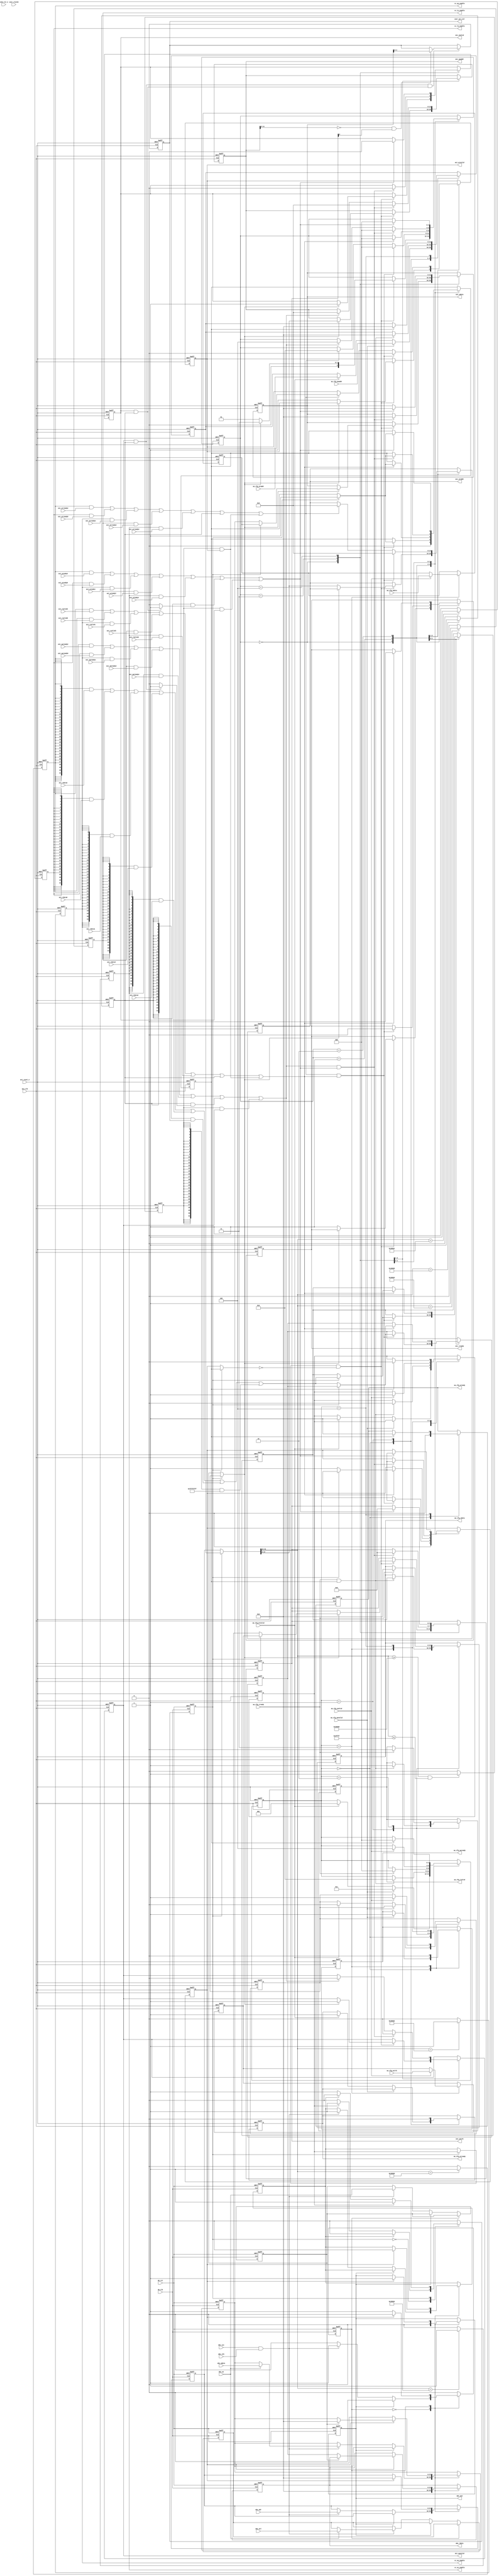
`timescale 1 ns / 1 ps

module CFG_CTRL #( parameter pADDR_WIDTH   = 12,
                   parameter pDATA_WIDTH   = 32
                 )
(
  //////////////////////////////////////
  // FPGA AXI-Lite, from Axis-Axilite //
  //////////////////////////////////////
  input  wire          aa_cfg_awvalid,
  input  wire  [31: 0] aa_cfg_awaddr,
  input  wire          aa_cfg_wvalid,
  input  wire  [31: 0] aa_cfg_wdata,
  input  wire   [3: 0] aa_cfg_wstrb,
  input  wire          aa_cfg_arvalid,
  input  wire  [31: 0] aa_cfg_araddr,
  input  wire          aa_cfg_rready,
  output wire  [31: 0] aa_cfg_rdata,
  output wire          aa_cfg_rvalid,
  output wire          aa_cfg_awready,
  output wire          aa_cfg_wready,
  output wire          aa_cfg_arready,
  
  /////////////////////
  // AXI-Lite Master //
  /////////////////////
  input  wire          axi_wready1,    //for AXIL_AXIS
  input  wire          axi_awready1,
  input  wire          axi_arready1,
  input  wire  [31: 0] axi_rdata1,
  input  wire          axi_rvalid1,
  input  wire          axi_awready4,    //for AXIL_SWITCH
  input  wire          axi_wready4,
  input  wire          axi_arready4,
  input  wire  [31: 0] axi_rdata4,
  input  wire          axi_rvalid4,
  input  wire          axi_awready3,    //for IO_SERDES
  input  wire          axi_wready3,
  input  wire          axi_arready3,
  input  wire  [31: 0] axi_rdata3,
  input  wire          axi_rvalid3,
  input  wire          axi_awready0,    //for LOGIC_ANLZ
  input  wire          axi_wready0,
  input  wire          axi_arready0,
  input  wire  [31: 0] axi_rdata0,
  input  wire          axi_rvalid0,
  input  wire          axi_awready2,    //for USERSUBSYS
  input  wire          axi_wready2,
  input  wire          axi_arready2,
  input  wire  [31: 0] axi_rdata2,
  input  wire          axi_rvalid2,
  output wire          axi_awvalid,
  output wire  [14: 0] axi_awaddr,
  output wire          axi_wvalid,
  output wire  [31: 0] axi_wdata,
  output wire   [3: 0] axi_wstrb,
  output wire          axi_arvalid,
  output wire  [14: 0] axi_araddr,
  output wire          axi_rready,  
  
  //////////////////////
  // Target Selection //
  //////////////////////
  output wire          cc_aa_enable,
  output wire          cc_as_enable,
  output wire          cc_is_enable,
  output wire          cc_la_enable,
  output wire          cc_up_enable,
  output wire   [4: 0] user_prj_sel,
  
  ////////////////////////
  // Wishbone interface //
  ////////////////////////  
  input  wire          wb_rst,
  input  wire          wb_clk,
  input  wire  [31: 0] wbs_adr,
  input  wire  [31: 0] wbs_wdata,
  input  wire   [3: 0] wbs_sel,
  input  wire          wbs_cyc,
  input  wire          wbs_stb,
  input  wire          wbs_we,
  output wire          wbs_ack,
  output wire  [31: 0] wbs_rdata,
  
  //////////////////////////
  // Top AXI-Lite Signals //
  //////////////////////////
  input  wire          user_clock2,
  input  wire          axi_clk,
  input  wire          axi_reset_n,
  input  wire          uck2_rst_n
);

  ////////////////////////////
  // Internal Signals begin //
  ////////////////////////////  
  reg wb_fsm_reg;
  reg wb_axi_request;
  reg wb_axi_request_rw;
  reg [3:0] wb_axi_wstrb;
  reg wb_axi_request_done;
  reg [31:0] wb_axi_request_add;
  reg [31:0] wb_axi_wdata;
  reg [31:0] wb_axi_rdata;
  
  reg [2:0] f_axi_fsm_reg;
  reg f_axi_request;
  reg f_axi_request_rw;
  reg [3:0] f_axi_wstrb;
  reg f_axi_request_done;
  reg [31:0] f_axi_request_add;
  reg [31:0] f_axi_wdata;
  reg [31:0] f_axi_rdata;
  
  reg [2:0] m_axi_fsm_reg;
  
  reg axi_grant_o_reg = 1'b0;
  wire m_axi_request;
  wire m_axi_request_rw;
  wire [3:0] m_axi_wstrb;
  wire m_axi_request_done;
  wire [31:0] m_axi_request_add;
  wire [31:0] m_axi_wdata;
  
  wire m_axi_awready;
  wire m_axi_wready;
  wire m_axi_arready;
  wire [31:0] m_axi_rdata;
  wire m_axi_rvalid;
  
  reg cc_enable;
  reg cc_sub_enable;

  wire cc_axi_awvalid;
  wire cc_axi_wvalid;

  reg [2:0] cc_s_fsm_reg;  
  reg [11:0] cc_s_addr;
  reg [31:0] cc_s_wdata;
  reg [31:0] cc_s_rdata;
  
  wire axi_awready5;
  wire axi_wready5;
  wire axi_arready5;
  wire [31: 0] axi_rdata5;
  wire axi_rvalid5;
  
  //////////////////////////////////////
  // Internal signals for Ports begin //
  //////////////////////////////////////
  reg [31: 0] aa_cfg_rdata_o = 32'b0;
  reg aa_cfg_rvalid_o = 1'b0;
  reg aa_cfg_awready_o = 1'b0;
  reg aa_cfg_wready_o = 1'b0;
  reg aa_cfg_arready_o = 1'b0;
  
  reg axi_awvalid_o = 1'b0;
  reg [14: 0] axi_awaddr_o = 15'b0;
  reg axi_wvalid_o = 1'b0;
  reg [31: 0] axi_wdata_o = 32'b0;
  reg [3: 0] axi_wstrb_o = 4'b0;
  reg axi_arvalid_o = 1'b0;
  reg [14: 0] axi_araddr_o = 15'b0;
  reg axi_rready_o = 1'b0;

  reg cc_aa_enable_o;
  reg cc_as_enable_o;
  reg cc_is_enable_o;
  reg cc_la_enable_o;
  reg cc_up_enable_o;

  reg [4: 0] user_prj_sel_o;
  
  reg wbs_ack_o;
  reg [31: 0] wbs_rdata_o;
  
  ///////////////////////////////////
  // Assignment for Internal begin //
  ///////////////////////////////////
  assign m_axi_request = axi_grant_o_reg ? f_axi_request : wb_axi_request;
  assign m_axi_request_rw = axi_grant_o_reg ? f_axi_request_rw : wb_axi_request_rw;
  assign m_axi_wstrb = axi_grant_o_reg ? f_axi_wstrb : wb_axi_wstrb;
  assign m_axi_request_done = axi_grant_o_reg ? f_axi_request_done : wb_axi_request_done;
  assign m_axi_request_add = axi_grant_o_reg ? f_axi_request_add : wb_axi_request_add;
  assign m_axi_wdata = axi_grant_o_reg ? f_axi_wdata : wb_axi_wdata;

  /*
  In case of cc_sub_enable, read always return 0xFFFFFFFF, write always complete.
  ({1{cc_sub_enable}} & axi_awvalid))
  ({1{cc_sub_enable}} & axi_wvalid))
  ({1{cc_sub_enable}} & axi_arvalid))
  ({32{cc_sub_enable}} & 32'hFFFFFFFF))
  ({1{cc_sub_enable}} & axi_arvalid))
  */
  assign m_axi_awready = ((((((({1{cc_up_enable}} & axi_awready2) | ({1{cc_la_enable}} & axi_awready0)) | ({1{cc_aa_enable}} & axi_awready1)) | ({1{cc_is_enable}} & axi_awready3)) | ({1{cc_as_enable}} & axi_awready4)) | ({1{cc_enable}} & axi_awready5)) | ({1{cc_sub_enable}} & axi_awvalid));
  assign m_axi_wready = ((((((({1{cc_up_enable}} & axi_wready2) | ({1{cc_la_enable}} & axi_wready0)) | ({1{cc_aa_enable}} & axi_wready1)) | ({1{cc_is_enable}} & axi_wready3)) | ({1{cc_as_enable}} & axi_wready4)) | ({1{cc_enable}} & axi_wready5)) | ({1{cc_sub_enable}} & axi_wvalid));
  assign m_axi_arready = ((((((({1{cc_up_enable}} & axi_arready2) | ({1{cc_la_enable}} & axi_arready0)) | ({1{cc_aa_enable}} & axi_arready1)) | ({1{cc_is_enable}} & axi_arready3)) | ({1{cc_as_enable}} & axi_arready4)) | ({1{cc_enable}} & axi_arready5)) | ({1{cc_sub_enable}} & axi_arvalid));
  assign m_axi_rdata = ((((((({32{cc_up_enable}} & axi_rdata2) | ({32{cc_la_enable}} & axi_rdata0)) | ({32{cc_aa_enable}} & axi_rdata1)) | ({32{cc_is_enable}} & axi_rdata3)) | ({32{cc_as_enable}} & axi_rdata4)) | ({32{cc_enable}} & axi_rdata5)) | ({32{cc_sub_enable}} & 32'hFFFFFFFF));
  assign m_axi_rvalid = ((((((({1{cc_up_enable}} & axi_rvalid2) | ({1{cc_la_enable}} & axi_rvalid0)) | ({1{cc_aa_enable}} & axi_rvalid1)) | ({1{cc_is_enable}} & axi_rvalid3)) | ({1{cc_as_enable}} & axi_rvalid4)) | ({1{cc_enable}} & axi_rvalid5)) | ({1{cc_sub_enable}} & axi_arvalid));
  
  
  assign cc_axi_awvalid = axi_awvalid && cc_enable;
  assign cc_axi_wvalid = axi_wvalid && cc_enable;

  ////////////////////////////////
  // Assignment for Ports begin //
  ////////////////////////////////
  assign aa_cfg_rdata = aa_cfg_rdata_o;
  assign aa_cfg_rvalid = aa_cfg_rvalid_o;
  assign aa_cfg_awready = aa_cfg_awready_o;
  assign aa_cfg_wready = aa_cfg_wready_o;
  assign aa_cfg_arready = aa_cfg_arready_o;

  assign axi_awvalid = axi_awvalid_o;
  assign axi_awaddr = axi_awaddr_o;
  assign axi_wvalid = axi_wvalid_o;
  assign axi_wdata = axi_wdata_o;
  assign axi_wstrb = axi_wstrb_o;
  assign axi_arvalid = axi_arvalid_o;
  assign axi_araddr = axi_araddr_o;
  assign axi_rready = axi_rready_o;

  assign cc_aa_enable = cc_aa_enable_o;
  assign cc_as_enable = cc_as_enable_o;
  assign cc_is_enable = cc_is_enable_o;
  assign cc_la_enable = cc_la_enable_o;
  assign cc_up_enable = cc_up_enable_o;

  assign user_prj_sel = user_prj_sel_o;

  assign wbs_ack = wbs_ack_o;
  assign wbs_rdata = wbs_rdata_o;

  assign axi_awready5 = cc_axi_awvalid ? 1 : 0;
  assign axi_wready5 = cc_axi_wvalid ? 1 : 0;
  assign axi_arready5 = 1'b1;
  assign axi_rdata5 = { 27'b0, user_prj_sel_o };
  assign axi_rvalid5 = 1'b1;

  //////////////////////////// 
  // Local paramaters begin //
  ////////////////////////////
  localparam wb_fsm_idle = 1'b0;
  localparam wb_fsm_inprogress = 1'b1;

  localparam axi_fsm_idle = 3'b000;
  localparam axi_fsm_read_data = 3'b001;
  localparam axi_fsm_read_complete = 3'b010;
  localparam axi_fsm_write_data = 3'b011;
  localparam axi_fsm_write_complete = 3'b100;
  
  /////////////////////////////////
  // Always for Target Selection //
  /////////////////////////////////
  always @ ( posedge axi_clk or negedge axi_reset_n)
  begin
    if ( !axi_reset_n )
    begin
      cc_aa_enable_o <= 1'b0;
      cc_as_enable_o <= 1'b0;
      cc_is_enable_o <= 1'b0;
      cc_la_enable_o <= 1'b0;
      cc_up_enable_o <= 1'b0;
      cc_enable <= 1'b0;
      cc_sub_enable <= 1'b0;
    end else
    begin
      cc_aa_enable_o <= ( m_axi_request_add[31:12] == 20'h30002 )? 1'b1 : 1'b0;
      cc_as_enable_o <= ( m_axi_request_add[31:12] == 20'h30004 )? 1'b1 : 1'b0;
      cc_is_enable_o <= ( m_axi_request_add[31:12] == 20'h30003 )? 1'b1 : 1'b0;
      cc_la_enable_o <= ( m_axi_request_add[31:12] == 20'h30001 )? 1'b1 : 1'b0;
      cc_up_enable_o <= ( m_axi_request_add[31:12] == 20'h30000 )? 1'b1 : 1'b0;
      cc_enable <= ( m_axi_request_add[31:12] == 20'h30005 )? 1'b1 : 1'b0;
      cc_sub_enable <= ( (m_axi_request_add[31:12] >= 20'h30006) && (m_axi_request_add[31:12] <= 20'h3FFFF ) )? 1'b1 : 1'b0;
    end
  end  
  ////////////////////////////////////////////
  // Always for Wishbone Interface handling //
  ////////////////////////////////////////////
  always @ ( posedge wb_clk or posedge wb_rst)
  begin
    if ( wb_rst ) 
    begin
      wb_fsm_reg <= wb_fsm_idle;
      wb_axi_request <= 1'b0;
      wb_axi_request_rw <= 1'b0;
      wb_axi_wstrb <= 4'b0;
      wb_axi_request_add <= 32'b0;
      wb_axi_wdata <= 32'b0;
      
      wbs_ack_o <= 1'b0;
      wbs_rdata_o <= 32'b0;            
    end else
    begin
      case (wb_fsm_reg) 
        wb_fsm_idle:
        begin
          wbs_ack_o <= 1'b0;
          wbs_rdata_o <= 32'h0;
          if ( !wbs_ack_o ) begin
            if ( wbs_cyc && wbs_stb ) begin
              wb_axi_request <= 1'b1;
              wb_axi_request_rw <= wbs_we;
              wb_axi_request_add <= wbs_adr;  //Latch wbs_adr
              if ( wbs_we ) begin
                wb_axi_wdata <= wbs_wdata;  //Latch wbs_wdata;
                wb_axi_wstrb <= wbs_sel;
              end
              wb_fsm_reg <= wb_fsm_inprogress;
            end
          end
        end
        wb_fsm_inprogress:
        begin
          if ( wb_axi_request_done )
          begin
            wbs_ack_o <= 1'b1;  
            if ( !wb_axi_request_rw )
              wbs_rdata_o <= wb_axi_rdata;  //Output wbs_rdata_o
            else
              wb_axi_wdata <= 32'h0;
            wb_axi_request <= 1'b0;
            wb_axi_request_add <= 32'b0;
            wb_fsm_reg <= wb_fsm_idle;            
          end
        end
      endcase
    end
  end  

  /////////////////////////////////////////////////
  // Always for FPGA-AXI-Lite Interface handling //
  /////////////////////////////////////////////////  
  always @ ( posedge axi_clk or negedge axi_reset_n)
  begin
    if ( !axi_reset_n )
    begin
      f_axi_fsm_reg <= axi_fsm_idle;
      f_axi_request <= 1'b0;
      f_axi_request_rw <= 1'b0;
      f_axi_wstrb <= 4'b0;
      f_axi_request_add <= 32'b0;
      f_axi_wdata <= 32'b0;
      
      aa_cfg_rdata_o <= 32'b0;
      aa_cfg_rvalid_o <= 1'b0;
      aa_cfg_awready_o <= 1'b0;
      aa_cfg_wready_o <= 1'b0;
      aa_cfg_arready_o <= 1'b0;      
    end else
    begin
      case ( f_axi_fsm_reg )
        axi_fsm_idle:
        begin      
          aa_cfg_wready_o <= 1'b0;
          if ( aa_cfg_awvalid ) begin
            aa_cfg_awready_o <= 1'b1;
            f_axi_request_add <= aa_cfg_awaddr;    //Latch awaddr
            f_axi_fsm_reg <= axi_fsm_write_data;
          end else if ( aa_cfg_arvalid ) begin
            aa_cfg_arready_o <= 1'b1;
            f_axi_request_add <= aa_cfg_araddr;    //Latch araddr
            f_axi_request_rw <= 1'b0;
            f_axi_request <= 1'b1;            
            f_axi_fsm_reg <= axi_fsm_read_data;
          end
        end
        axi_fsm_read_data:
        begin
          aa_cfg_arready_o <= 1'b0;
          if ( aa_cfg_rready && f_axi_request_done ) begin
            aa_cfg_rdata_o <= f_axi_rdata;      //Output aa_cfg_rdata_o
            aa_cfg_rvalid_o <= 1'b1;
            f_axi_request <= 1'b0;  
            f_axi_request_add <= 32'b0;
            f_axi_fsm_reg <= axi_fsm_read_complete;            
          end
        end
        axi_fsm_read_complete:
        begin
          if ( aa_cfg_rready ) begin
            aa_cfg_rdata_o <= 32'b0;
            aa_cfg_rvalid_o <= 1'b0;
            f_axi_fsm_reg <= axi_fsm_idle;    
          end          
        end
        axi_fsm_write_data:
        begin
          aa_cfg_awready_o <= 1'b0;
          if ( aa_cfg_wvalid ) begin
            f_axi_request <= 1'b1;
            f_axi_request_rw <= 1'b1;  
            f_axi_wdata <= aa_cfg_wdata;      //Latch wdata
            f_axi_wstrb <= aa_cfg_wstrb;            
            f_axi_fsm_reg <= axi_fsm_write_complete;    
          end
        end
        axi_fsm_write_complete:
        begin
          if ( f_axi_request_done ) begin
            aa_cfg_wready_o <= 1'b1;
            f_axi_request <= 1'b0;    
            f_axi_request_add <= 32'b0;
            f_axi_fsm_reg <= axi_fsm_idle;                
          end
        end
      endcase      
    end
  end
  
  /////////////////////////////////////////////////
  // Always for requests grant - axi_grant_o_reg //
  /////////////////////////////////////////////////
  always @( posedge wb_clk or posedge wb_rst )
  begin
    if ( wb_rst ) begin
      axi_grant_o_reg <= 1'b0;
    end else begin
      case (axi_grant_o_reg)
        1'b0: begin
          if ((~wb_axi_request)) begin
            if (f_axi_request) begin
              axi_grant_o_reg <= 1'b1;
            end
          end
        end
        1'b1: begin
          if ((~f_axi_request)) begin
            if (wb_axi_request) begin
              axi_grant_o_reg <= 1'b0;
            end
          end
        end      
      endcase
    end
  end    

  ///////////////////////////////////////////////////
  // Always for AXI-Lite Master Interface handling //
  ///////////////////////////////////////////////////
  always @ ( posedge axi_clk or negedge axi_reset_n )
  begin
    if ( !axi_reset_n ) begin
      wb_axi_rdata <= 32'b0;
      wb_axi_request_done <= 1'b0;
      
      f_axi_rdata <= 32'b0;
      f_axi_request_done <= 1'b0;
      
      axi_awvalid_o <= 1'b0;
      axi_awaddr_o <= 15'b0;
      axi_wvalid_o <= 1'b0;
      axi_wdata_o <= 32'b0;
      axi_wstrb_o <= 4'b0;
      axi_arvalid_o <= 1'b0;
      axi_araddr_o <= 15'b0;
      axi_rready_o <= 1'b0;      

      m_axi_fsm_reg <= axi_fsm_idle;
    end else begin
      case ( m_axi_fsm_reg )
        axi_fsm_idle:
        begin
          wb_axi_request_done <= 1'b0;
          f_axi_request_done <= 1'b0;      
          if ( m_axi_request && !m_axi_request_done ) begin
            if ( m_axi_request_rw ) begin
              axi_awvalid_o <= 1'b1;
              axi_awaddr_o <= m_axi_request_add[14:0];              
              axi_wvalid_o <= 1'b1;
              axi_wdata_o <= m_axi_wdata;
              axi_wstrb_o <= m_axi_wstrb;
              m_axi_fsm_reg <= axi_fsm_write_data;
            end else begin
              axi_arvalid_o <= 1'b1;              
              axi_araddr_o <= m_axi_request_add[14:0];
              axi_rready_o <= 1'b1;
              m_axi_fsm_reg <= axi_fsm_read_data;
            end
          end
        end
        axi_fsm_read_data:
        begin
          if ( m_axi_arready && m_axi_rvalid) begin
            axi_arvalid_o <= 1'b0;
            axi_araddr_o <= 15'b0;
            axi_rready_o <= 1'b0;
            if ( axi_grant_o_reg )
              f_axi_rdata <= m_axi_rdata;
            else 
              wb_axi_rdata <= m_axi_rdata;
            if ( axi_grant_o_reg )
              f_axi_request_done <= 1'b1;
            else 
              wb_axi_request_done <= 1'b1;
            m_axi_fsm_reg <= axi_fsm_idle;                        
          end else if ( m_axi_arready ) begin
            axi_araddr_o <= 15'b0;
            axi_arvalid_o <= 1'b0;
            m_axi_fsm_reg <= axi_fsm_read_complete;  
          end
        end
        axi_fsm_read_complete:
        begin
          if ( m_axi_rvalid ) begin
            axi_rready_o <= 1'b0;
            if ( axi_grant_o_reg )
              f_axi_rdata <= m_axi_rdata;
            else 
              wb_axi_rdata <= m_axi_rdata;
            if ( axi_grant_o_reg )
              f_axi_request_done <= 1'b1;
            else 
              wb_axi_request_done <= 1'b1;
            m_axi_fsm_reg <= axi_fsm_idle;            
          end
        end
        axi_fsm_write_data:
        begin
          if ( m_axi_awready && m_axi_wready) begin
            axi_awvalid_o <= 1'b0;
            axi_awaddr_o <= 15'b0;
            axi_wvalid_o <= 1'b0;
            axi_wdata_o <= 32'b0;
            axi_wstrb_o <= 4'b0;
            if ( axi_grant_o_reg )
              f_axi_request_done <= 1'b1;
            else 
              wb_axi_request_done <= 1'b1;            
            m_axi_fsm_reg <= axi_fsm_idle;  
          end  else begin
            if ( m_axi_awready ) begin
              axi_awaddr_o <= 15'b0;
              axi_awvalid_o <= 1'b0;
              m_axi_fsm_reg <= axi_fsm_write_complete;                
            end
          end
        end
        axi_fsm_write_complete:
        begin
          if ( m_axi_wready) begin
            axi_wvalid_o <= 1'b0;
            axi_wdata_o <= 32'b0;
            axi_wstrb_o <= 4'b0;
            if ( axi_grant_o_reg )
              f_axi_request_done <= 1'b1;
            else 
              wb_axi_request_done <= 1'b1;          
            m_axi_fsm_reg <= axi_fsm_idle;  
          end
        end
      endcase
    end
  end

  ///////////////////////////////////////////
  // Always for AXI-Lite CC Slave response //
  ///////////////////////////////////////////  
  always @ ( posedge axi_clk or negedge axi_reset_n ) 
  begin  
    if ( !axi_reset_n ) begin
      user_prj_sel_o <= 5'b0;
    end else begin
      if ( cc_axi_awvalid && cc_axi_wvalid ) begin
        if (axi_awaddr[11:0] == 12'h000 && (axi_wstrb[0] == 1) ) begin //offset 0
          user_prj_sel_o <= axi_wdata[4:0];
        end
        else begin
          user_prj_sel_o <= user_prj_sel_o;
        end
      end
    end
  end  

endmodule